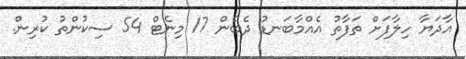
އާދަޔާ ހިލާފަށް ތަފާތު އެއްމާބަނޑު ދެބެން 17 މިނެޓް 54 ސިކުންތު ކުރިން.